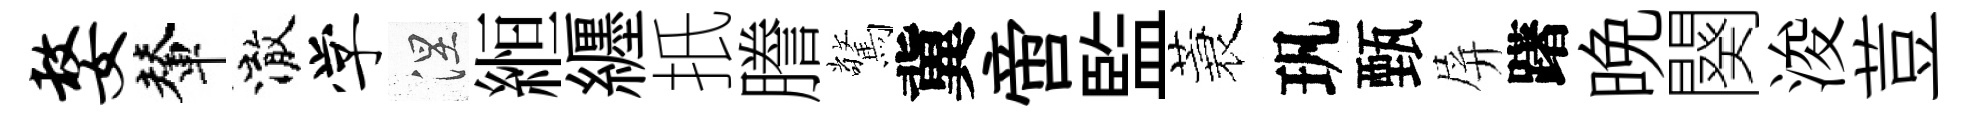
嫠輦澈学涅縆纒扺謄驚冀啻監蓑㺬甄屏躇晩闋浚荳